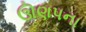
ઊણપના